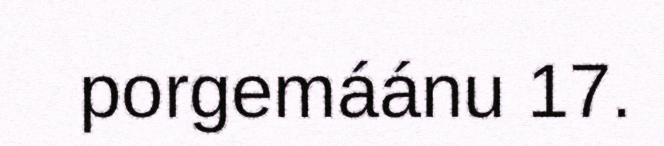
porgemáánu 17.